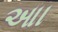
આા